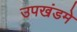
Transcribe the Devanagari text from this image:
उपखंडमे